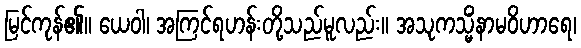
မြင်ကုန်၏။ ယေဝါ၊ အကြင်ရဟန်းတို့သည်မူလည်း။ အသုကသ္မိံနာမဝိဟာရေ၊